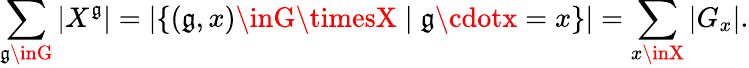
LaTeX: \sum_{\mathfrak{g}\inG}|X^{\mathfrak{g}}|=|\{ (\mathfrak{g},x)\inG\timesX\mid\mathfrak{g}\cdotx=x\} |=\sum_{x\inX}|G_{x}|.